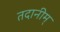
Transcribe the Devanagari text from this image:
तदानीम्